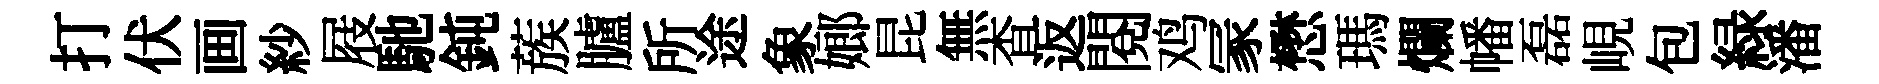
打伏画紗屐馳鈍蔟臚所途象嫏昆無查返閲鸡冡懋瑪爛幡磊峴包緑潘